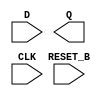
module sky130_fd_sc_hs__dfrtp (
    //# {{data|Data Signals}}
    input  D      ,
    output Q      ,

    //# {{control|Control Signals}}
    input  RESET_B,

    //# {{clocks|Clocking}}
    input  CLK
);

    // Voltage supply signals
    supply1 VPWR;
    supply0 VGND;

endmodule